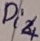
Text: D14